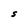
Character: S